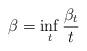
LaTeX: \begin{align*}\beta = \inf_t \frac{\beta_t}{t} \end{align*}